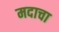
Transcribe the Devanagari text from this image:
मदाचा